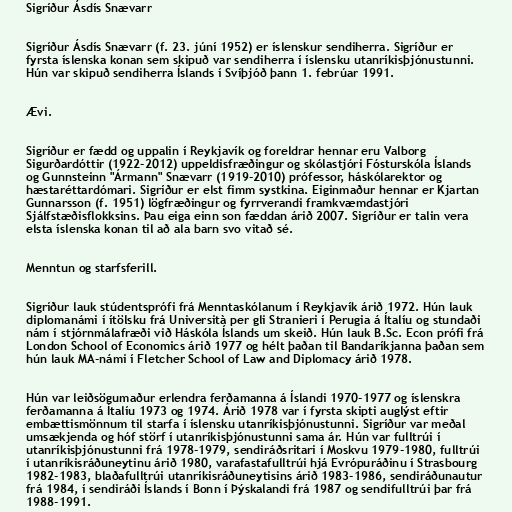
Sigríður Ásdís Snævarr

Sigríður Ásdís Snævarr (f. 23. júní 1952) er íslenskur sendiherra. Sigríður er
fyrsta íslenska konan sem skipuð var sendiherra í íslensku utanríkisþjónustunni.
Hún var skipuð sendiherra Íslands í Svíþjóð þann 1. febrúar 1991.

Ævi.

Sigríður er fædd og uppalin í Reykjavík og foreldrar hennar eru Valborg
Sigurðardóttir (1922-2012) uppeldisfræðingur og skólastjóri Fósturskóla Íslands
og Gunnsteinn "Ármann" Snævarr (1919-2010) prófessor, háskólarektor og
hæstaréttardómari. Sigríður er elst fimm systkina. Eiginmaður hennar er Kjartan
Gunnarsson (f. 1951) lögfræðingur og fyrrverandi framkvæmdastjóri
Sjálfstæðisflokksins. Þau eiga einn son fæddan árið 2007. Sigríður er talin vera
elsta íslenska konan til að ala barn svo vitað sé.

Menntun og starfsferill.

Sigríður lauk stúdentsprófi frá Menntaskólanum í Reykjavík árið 1972. Hún lauk
diplomanámi í ítölsku frá Università per gli Stranieri í Perugia á Ítalíu og stundaði
nám í stjórnmálafræði við Háskóla Íslands um skeið. Hún lauk B.Sc. Econ prófi frá
London School of Economics árið 1977 og hélt þaðan til Bandaríkjanna þaðan sem
hún lauk MA-námi í Fletcher School of Law and Diplomacy árið 1978.

Hún var leiðsögumaður erlendra ferðamanna á Íslandi 1970-1977 og íslenskra
ferðamanna á Ítalíu 1973 og 1974. Árið 1978 var í fyrsta skipti auglýst eftir
embættismönnum til starfa í íslensku utanríkisþjónustunni. Sigríður var meðal
umsækjenda og hóf störf í utanríkisþjónustunni sama ár. Hún var fulltrúi í
utanríkisþjónustunni frá 1978-1979, sendiráðsritari í Moskvu 1979-1980, fulltrúi
í utanríkisráðuneytinu árið 1980, varafastafulltrúi hjá Evrópuráðinu í Strasbourg
1982-1983, blaðafulltrúi utanríkisráðuneytisins árið 1983-1986, sendiráðunautur
frá 1984, í sendiráði Íslands í Bonn í Þýskalandi frá 1987 og sendifulltrúi þar frá
1988-1991.